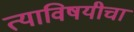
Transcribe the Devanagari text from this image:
त्याविषयीचा